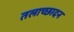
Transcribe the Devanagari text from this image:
तलाच्छादन